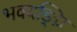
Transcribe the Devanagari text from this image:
भवदङ्घ्रि